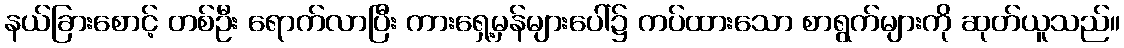
နယ်ခြားစောင့် တစ်ဦး ရောက်လာပြီး ကားရှေ့မှန်များပေါ်၌ ကပ်ထားသော စာရွက်များကို ဆုတ်ယူသည်။